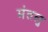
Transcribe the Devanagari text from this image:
मंतलु